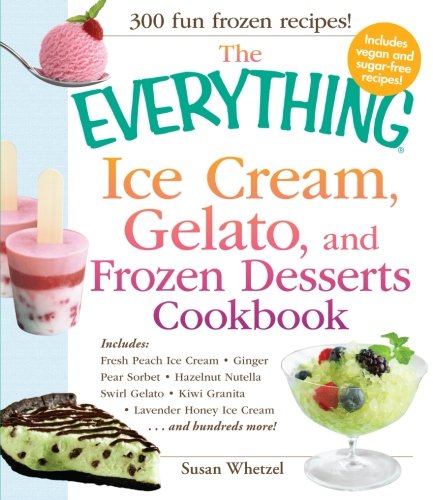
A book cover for The Everything Ice Cream, Gelato, and Frozen Desserts Cookbook: Includes Fresh Peach Ice Cream, Ginger Pear Sorbet, Hazelnut Nutella Swirl Gelato, ... Lavender Honey Ice Cream...and hundreds more!; Susan Whetzel; Cookbooks, Food & Wine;